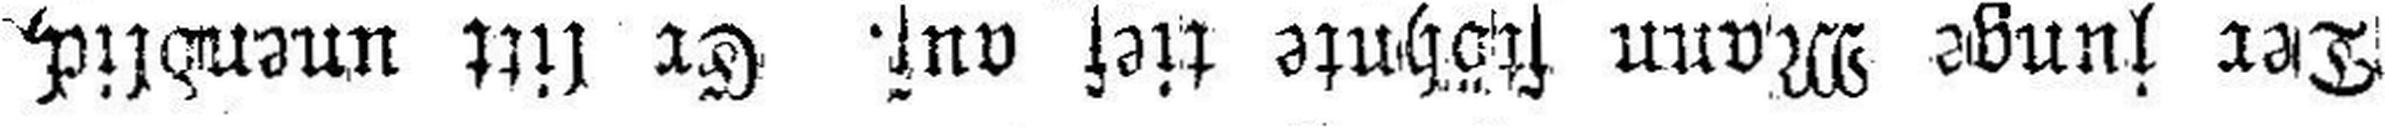
Der junge Mann stöhnte tief auf. Er litt unendlich